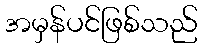
အမှန်ပင်ဖြစ်သည်